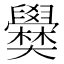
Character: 𡚣